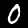
Label: 0